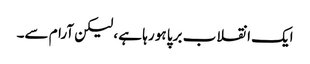
ایک انقلاب برپا ہو رہا ہے ، لیکن آرام سے۔